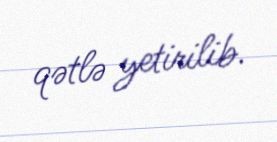
qətlə yetirilib.